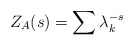
\begin{align*}Z_A(s) = \sum \lambda_k^{-s}\end{align*}